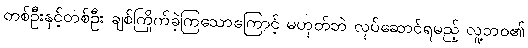
တစ်ဦးနှင့်တစ်ဦး ချစ်ကြိုက်ခဲ့ကြသောကြောင့် မဟုတ်ဘဲ လုပ်ဆောင်ရမည့် လူ့ဘဝ၏